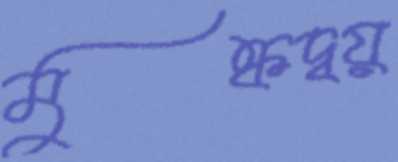
মুষ্কদ্বয়